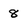
Character: 8